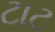
ટાટ